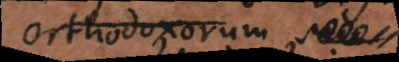
orthodoxorum certo